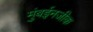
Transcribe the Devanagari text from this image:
मुंबईनजीक